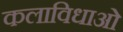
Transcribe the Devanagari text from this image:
कलाविधाओं